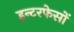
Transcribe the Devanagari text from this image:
इन्टरफेसों